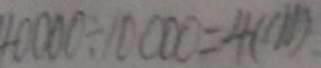
4 0 0 0 0 \div 1 0 0 0 0 = 4 ( c m )